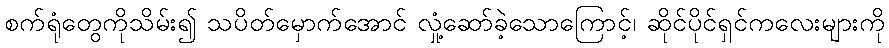
စက်ရုံတွေကိုသိမ်း၍ သပိတ်မှောက်အောင် လှုံ့ဆော်ခဲ့သောကြောင့်၊ ဆိုင်ပိုင်ရှင်ကလေးများကို